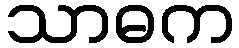
သာဓက